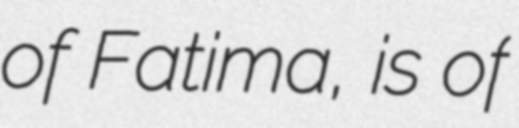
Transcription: of Fatima, is of